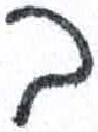
אות: ב